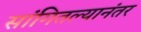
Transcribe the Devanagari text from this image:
सांगितल्यानंतर